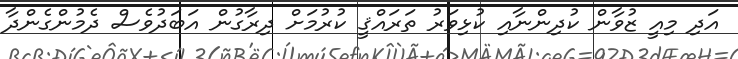
އަދި މިއީ ޒުވާން ކުދިންނާއި ކުޅިވަރު ތަރައްޤީ ކުރުމަށް ދިރާގުން އަބަދުވެސް ދެމުންގެންދާ